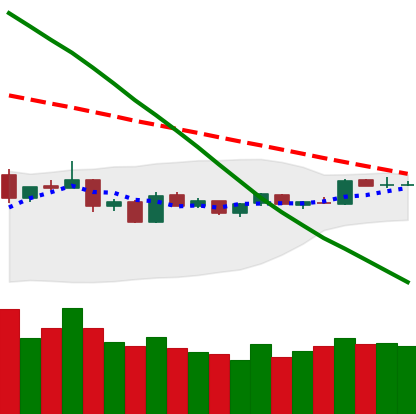
Ticker: BTC-USD
Chart end date: 2019-01-09
Forward return: -8.159%
Label: down_7plus